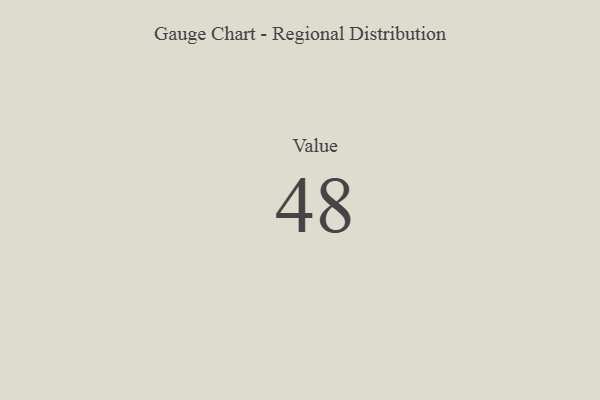
{"axis": {"x": "Metric", "y": "Value"}, "legend": [""], "data": [{"x": "Value", "y": 48, "type": ""}]}